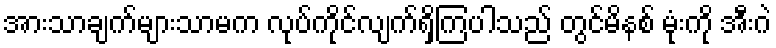
အားသာချက်များသာမက လုပ်ကိုင်လျက်ရှိကြပါသည် တွင်မိနစ် မုံးကို အီးဂဲ